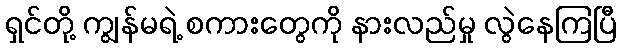
ရှင်တို့ ကျွန်မရဲ့ စကားတွေကို နားလည်မှု လွဲနေကြပြီ